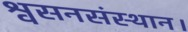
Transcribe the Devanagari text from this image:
श्वसनसंस्थान।